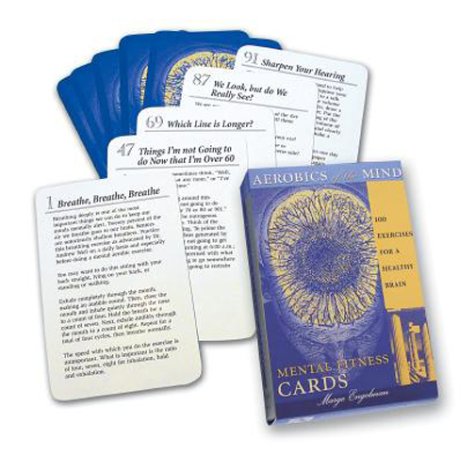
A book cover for Mental Fitness Cards: 100 Exercises for a Healthy Brain: Aerobics for the Mind; Marge Engelman; Humor & Entertainment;